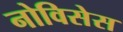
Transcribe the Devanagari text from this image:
नोविसेस